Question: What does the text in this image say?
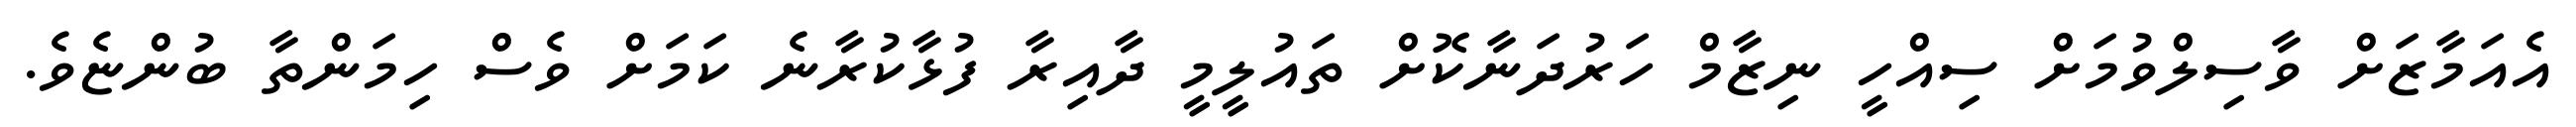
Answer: އެއަމާޒަށް ވާސިލްވުމަށް ސިއްހީ ނިޒާމް ހަރުދަނާކޮށް ތައުލީމީ ދާއިރާ ފުޅާކުރާނެ ކަމަށް ވެސް ހިމަންތާ ބުންޏެވެ.